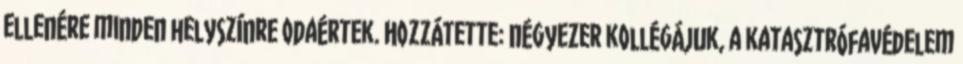
ellenére minden helyszínre odaértek. Hozzátette: négyezer kollégájuk, a katasztrófavédelem